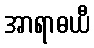
အာရာဓယီ